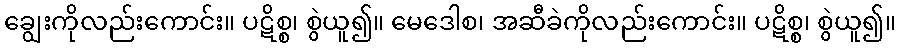
ချွေးကိုလည်းကောင်း။ ပဋိစ္စ၊ စွဲယူ၍။ မေဒေါစ၊ အဆီခဲကိုလည်းကောင်း။ ပဋိစ္စ၊ စွဲယူ၍။